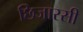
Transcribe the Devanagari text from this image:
छिजारसी